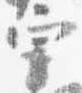
宰